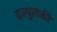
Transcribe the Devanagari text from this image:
दज्युलेकी